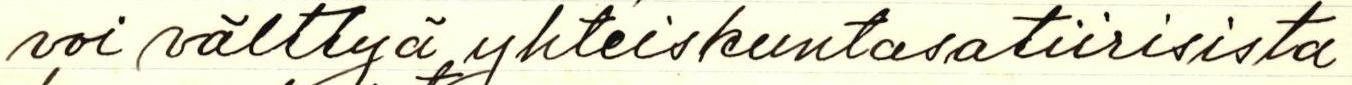
voi välttyä yhteiskuntasatiirisista